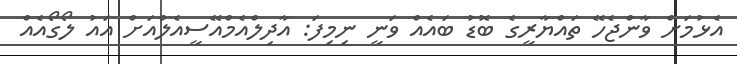
އެޅުމަށް ވާންޖެހޭ ތައްޔާރީގެ ބޮޑު ބައެއް ވަނީ ނިމިފަ: އާދިލްއެމްއޭސީއެލްއަށް އައު ލޯގޯއެއް